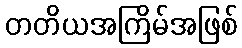
တတိယအကြိမ်အဖြစ်